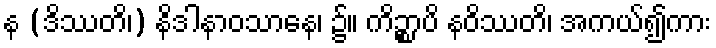
န (ဒိဿတိ၊) နိဒါနာဝသာနေ၊ ၌။ ကိဉ္စာပိ နဝိဿတိ၊ အကယ်၍ကား